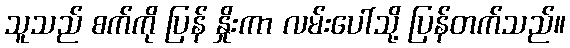
သူသည် စက်ကို ပြန် နှိုးကာ လမ်းပေါ်သို့ ပြန်တက်သည်။